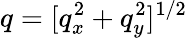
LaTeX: q=[q_{x}^{2}+q_{y}^{2}]^{1/2}